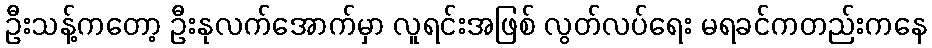
ဦးသန့်ကတော့ ဦးနုလက်အောက်မှာ လူရင်းအဖြစ် လွတ်လပ်ရေး မရခင်ကတည်းကနေ